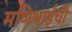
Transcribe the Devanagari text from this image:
मणिभाईंची